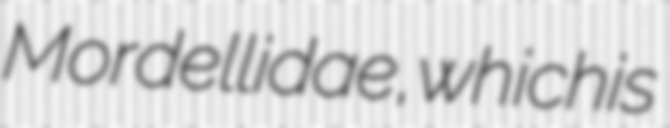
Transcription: Mordellidae, which is